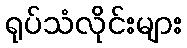
ရုပ်သံလိုင်းများ